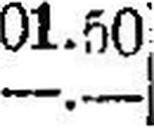
—.—